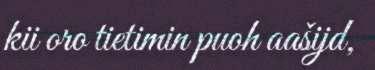
kii oro tietimin puoh aašijd,